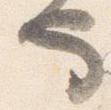
也